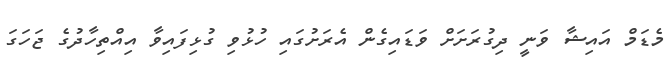
މެޑަމް އައިޝާ ވަނީ ދިގުރަށަށް ވަޑައިގެން އެރަށުގައި ހުޅުވި ގުޅިފައިވާ އިއްތިހާދުގެ ޖަހަގަ